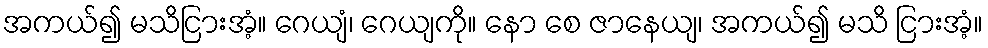
အကယ်၍ မသိငြားအံ့။ ဂေယျံ၊ ဂေယျကို။ နော စေ ဇာနေယျ၊ အကယ်၍ မသိ ငြားအံ့။